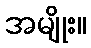
အမျိုး။